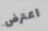
اعترض